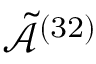
\tilde { \mathcal { A } } ^ { ( 3 2 ) }